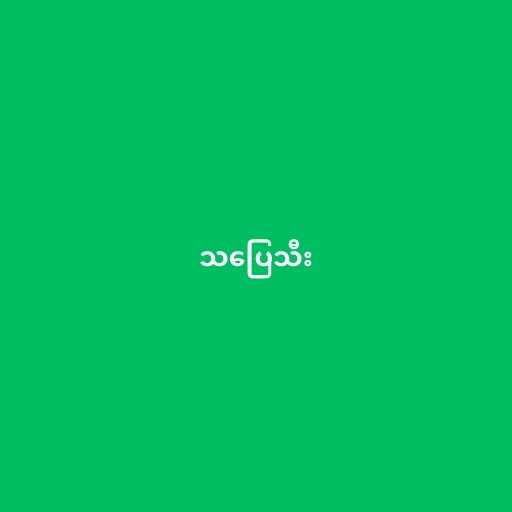
သပြေသီး